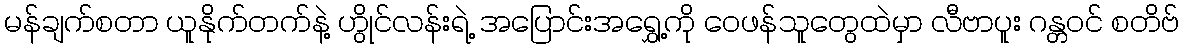
မန်ချက်စတာ ယူနိုက်တက်နဲ့ ဟွိုင်လန်းရဲ့ အပြောင်းအရွှေ့ကို ဝေဖန်သူတွေထဲမှာ လီဗာပူး ဂန္တဝင် စတိဗ်